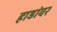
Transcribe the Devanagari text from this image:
हाडांवर